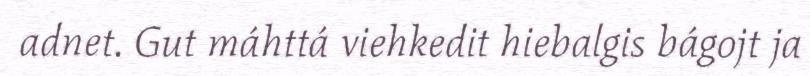
adnet. Gut máhttá viehkedit hiebalgis bágojt ja